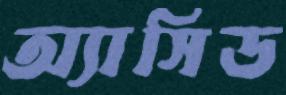
অ্যাসিড